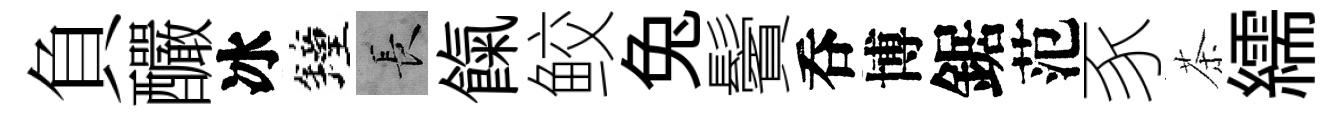
負釅冰鐘长餼鲛兔鬢呑博鋸范豕茶繻